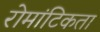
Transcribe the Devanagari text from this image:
रोमांटिकता